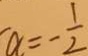
a = - \frac { 1 } { 2 }